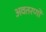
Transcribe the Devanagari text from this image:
अवतरणो